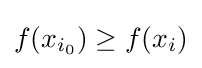
f(x_{i_{0}})\geq f(x_{i})